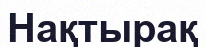
Нақтырақ